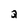
Character: Q